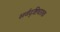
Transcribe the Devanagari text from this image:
सर्वदृष्टिधारक